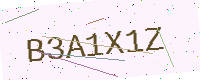
Text: B3A1X1Z